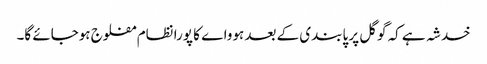
خدشہ ہے کہ گوگل پر پابندی کے بعد ہوواے کا پورا نظام مفلوج ہوجائے گا۔